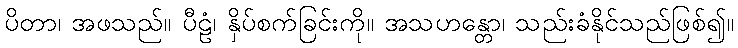
ပိတာ၊ အဖသည်။ ပီဠံ၊ နှိပ်စက်ခြင်းကို။ အသဟန္တော၊ သည်းခံနိုင်သည်ဖြစ်၍။